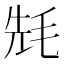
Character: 𣭡